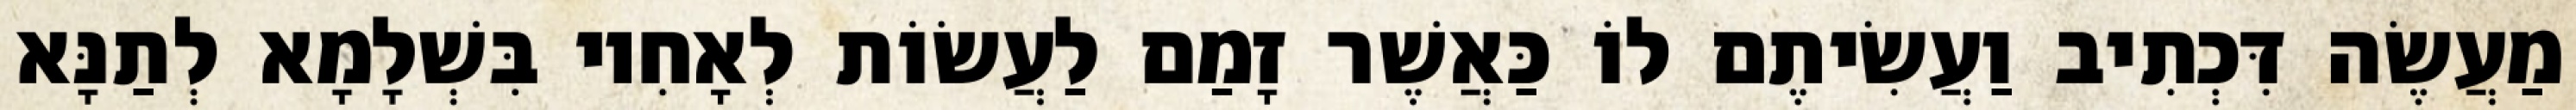
מַעֲשֶׂה דִּכְתִיב וַעֲשִׂיתֶם לוֹ כַּאֲשֶׁר זָמַם לַעֲשׂוֹת לְאָחִיו בִּשְׁלָמָא לְתַנָּא